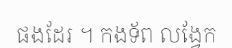
ផងដែរ ។ កងទ័ព លង្វែក